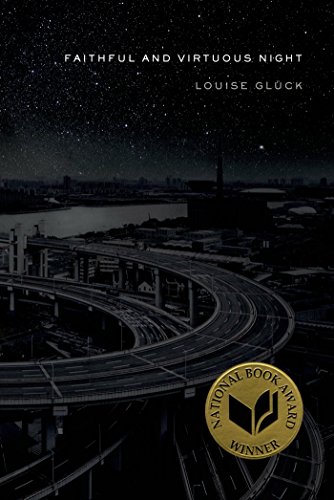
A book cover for Faithful and Virtuous Night: Poems; Louise GlÃ¼ck; Literature & Fiction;